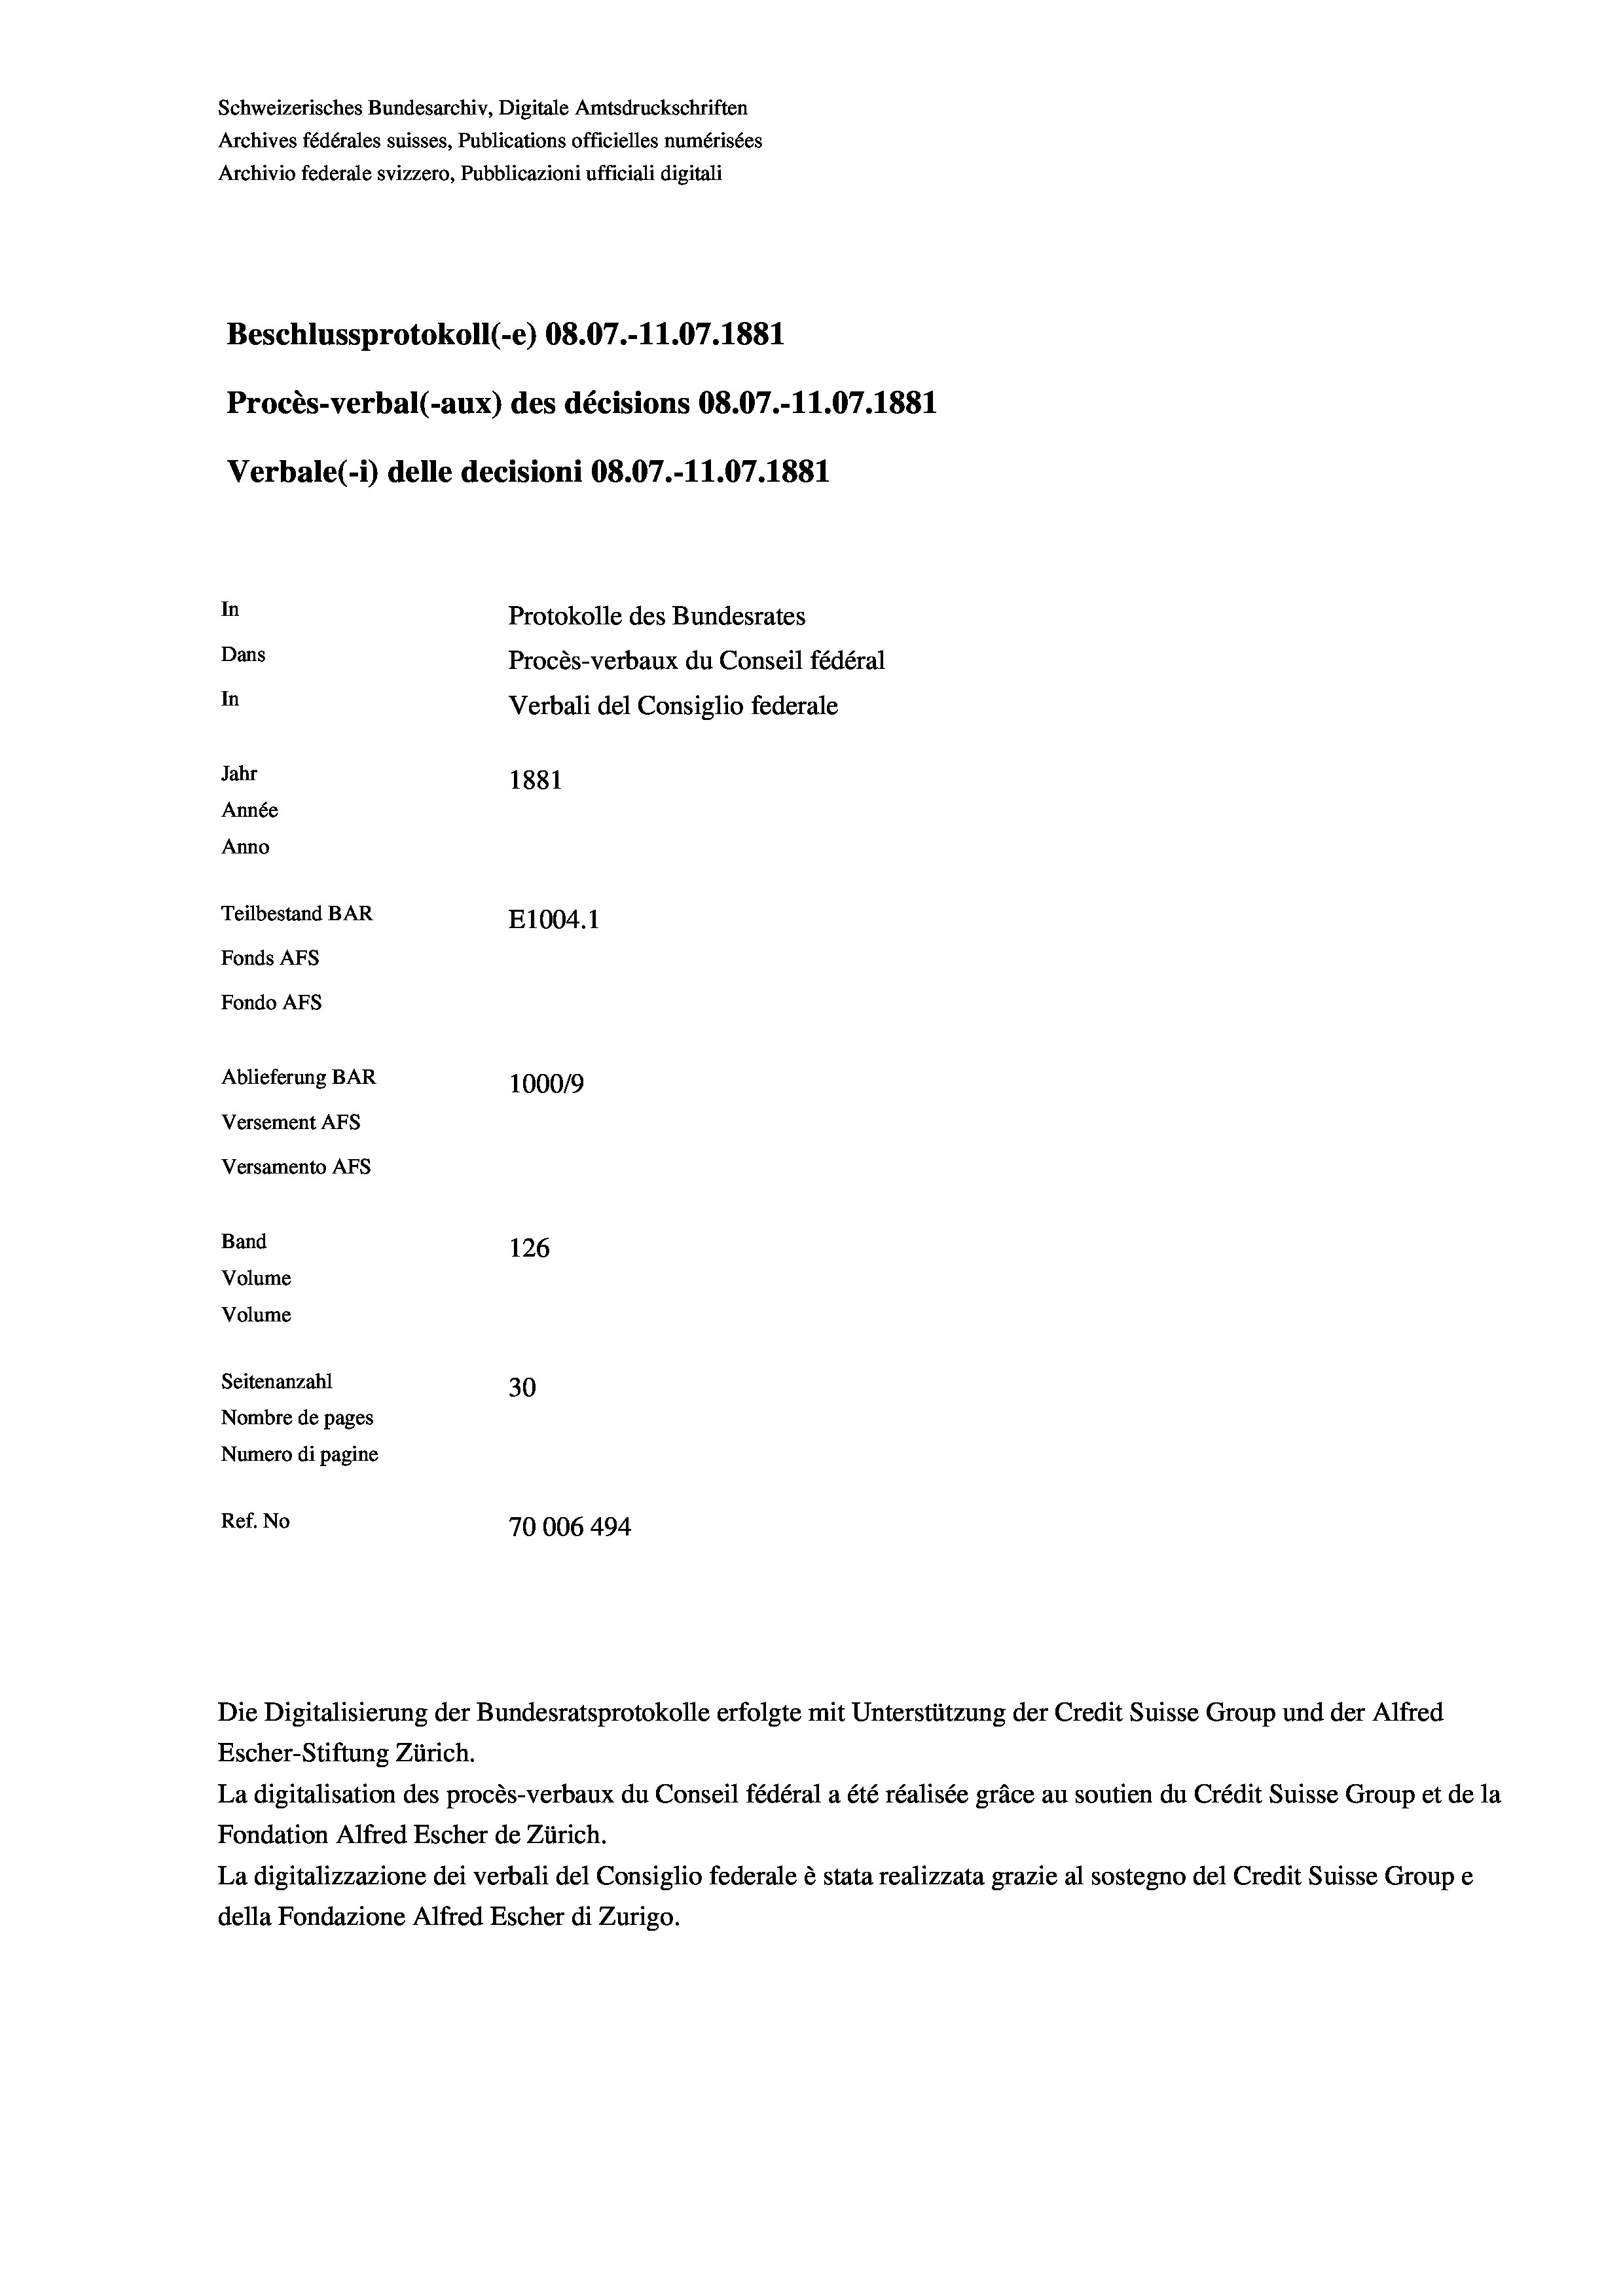
Schweizerisches Bundesarchiv, Digitale Amtsdruckschriften
Archives fédérales suisses, Publications officielles numérisées
Archivio federale svizzero, Pubblicazioni ufficiali digitali
Beschlussprotokoll (-e) 08.07.-11.07.1881
Procès-verbal (-aux) des décisions 08.07.-11.07. 1881
In
Protokolle des Bundesrates
Dans
Procès-verbaux du Conseil fédéral
In
Verbali del Consiglio federale
Jahr
1881
Année
Anno
Teilbestand BAR
E1004. 1
Fonds AFs
Fondo Afs
Ablieferung BAR
100019
Versement AFs
Versamento AFs
Band
126
Volume
Volume

Seitenanzahl
30
Nombre de pages
Numero di pagine
Ref. No
70006 494

Verbale (- 1) delle decisioni 08.07.-11.07. 1881

Die Digitalisierung der Bundesratsprotokolle erfolgte mit Unterstützung der Credit Suisse Group und der Alfred
Escher-Stiftung Zürich.
La digitalisation des procès-verbaux du Conseil fédéral a été réalisée gräce au soutien du Crédit Suisse Group et de la
Fondation Alfred Escher de Zürich.
La digitalizzazione dei verbali del Consiglio federale è stata realizzata grazie al sostegno del Credit Suisse Groupe
della Fondazione Alfred Escher di Zurigo.